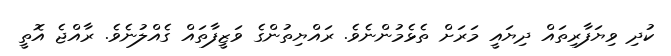
ކުދި ވިޔަފާރިތައް ދިޔައީ މަރަށް ތެޅެމުންނެވެ. ރައްޔިތުންގެ ވަޒީފާތައް ގެއްލުނެވެ. ރާއްޖެ އޮތީ